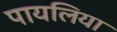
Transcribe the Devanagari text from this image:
पायलिया